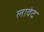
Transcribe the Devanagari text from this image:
लावंट